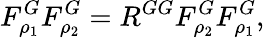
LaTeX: F_{\rho_{1}}^{G}F_{\rho_{2}}^{G}=R^{GG}F_{\rho_{2}}^{G}F_{\rho_{1}}^{G},